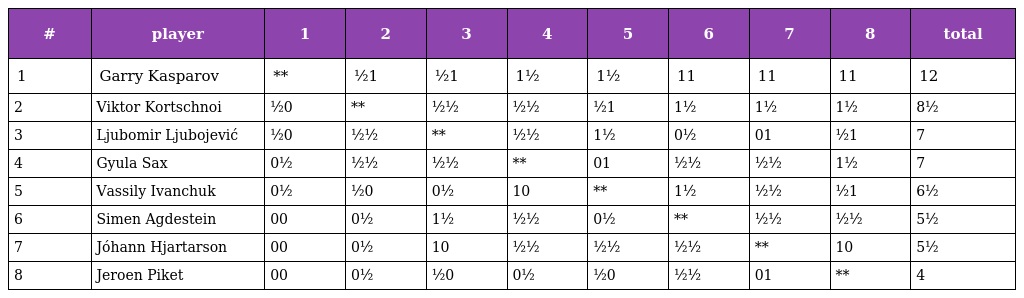
| # | player | 1 | 2 | 3 | 4 | 5 | 6 | 7 | 8 | total |
 | --- | --- | --- | --- | --- | --- | --- | --- | --- | --- | --- |
 | 1 | Garry Kasparov | ** | ½1 | ½1 | 1½ | 1½ | 11 | 11 | 11 | 12 |
 | 2 | Viktor Kortschnoi | ½0 | ** | ½½ | ½½ | ½1 | 1½ | 1½ | 1½ | 8½ |
 | 3 | Ljubomir Ljubojević | ½0 | ½½ | ** | ½½ | 1½ | 0½ | 01 | ½1 | 7 |
 | 4 | Gyula Sax | 0½ | ½½ | ½½ | ** | 01 | ½½ | ½½ | 1½ | 7 |
 | 5 | Vassily Ivanchuk | 0½ | ½0 | 0½ | 10 | ** | 1½ | ½½ | ½1 | 6½ |
 | 6 | Simen Agdestein | 00 | 0½ | 1½ | ½½ | 0½ | ** | ½½ | ½½ | 5½ |
 | 7 | Jóhann Hjartarson | 00 | 0½ | 10 | ½½ | ½½ | ½½ | ** | 10 | 5½ |
 | 8 | Jeroen Piket | 00 | 0½ | ½0 | 0½ | ½0 | ½½ | 01 | ** | 4 |